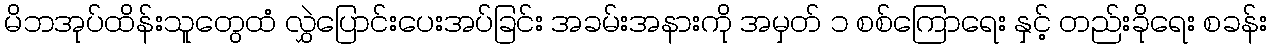
မိဘအုပ်ထိန်းသူတွေထံ လွှဲပြောင်းပေးအပ်ခြင်း အခမ်းအနားကို အမှတ် ၁ စစ်ကြောရေး နှင့် တည်းခိုရေး စခန်း